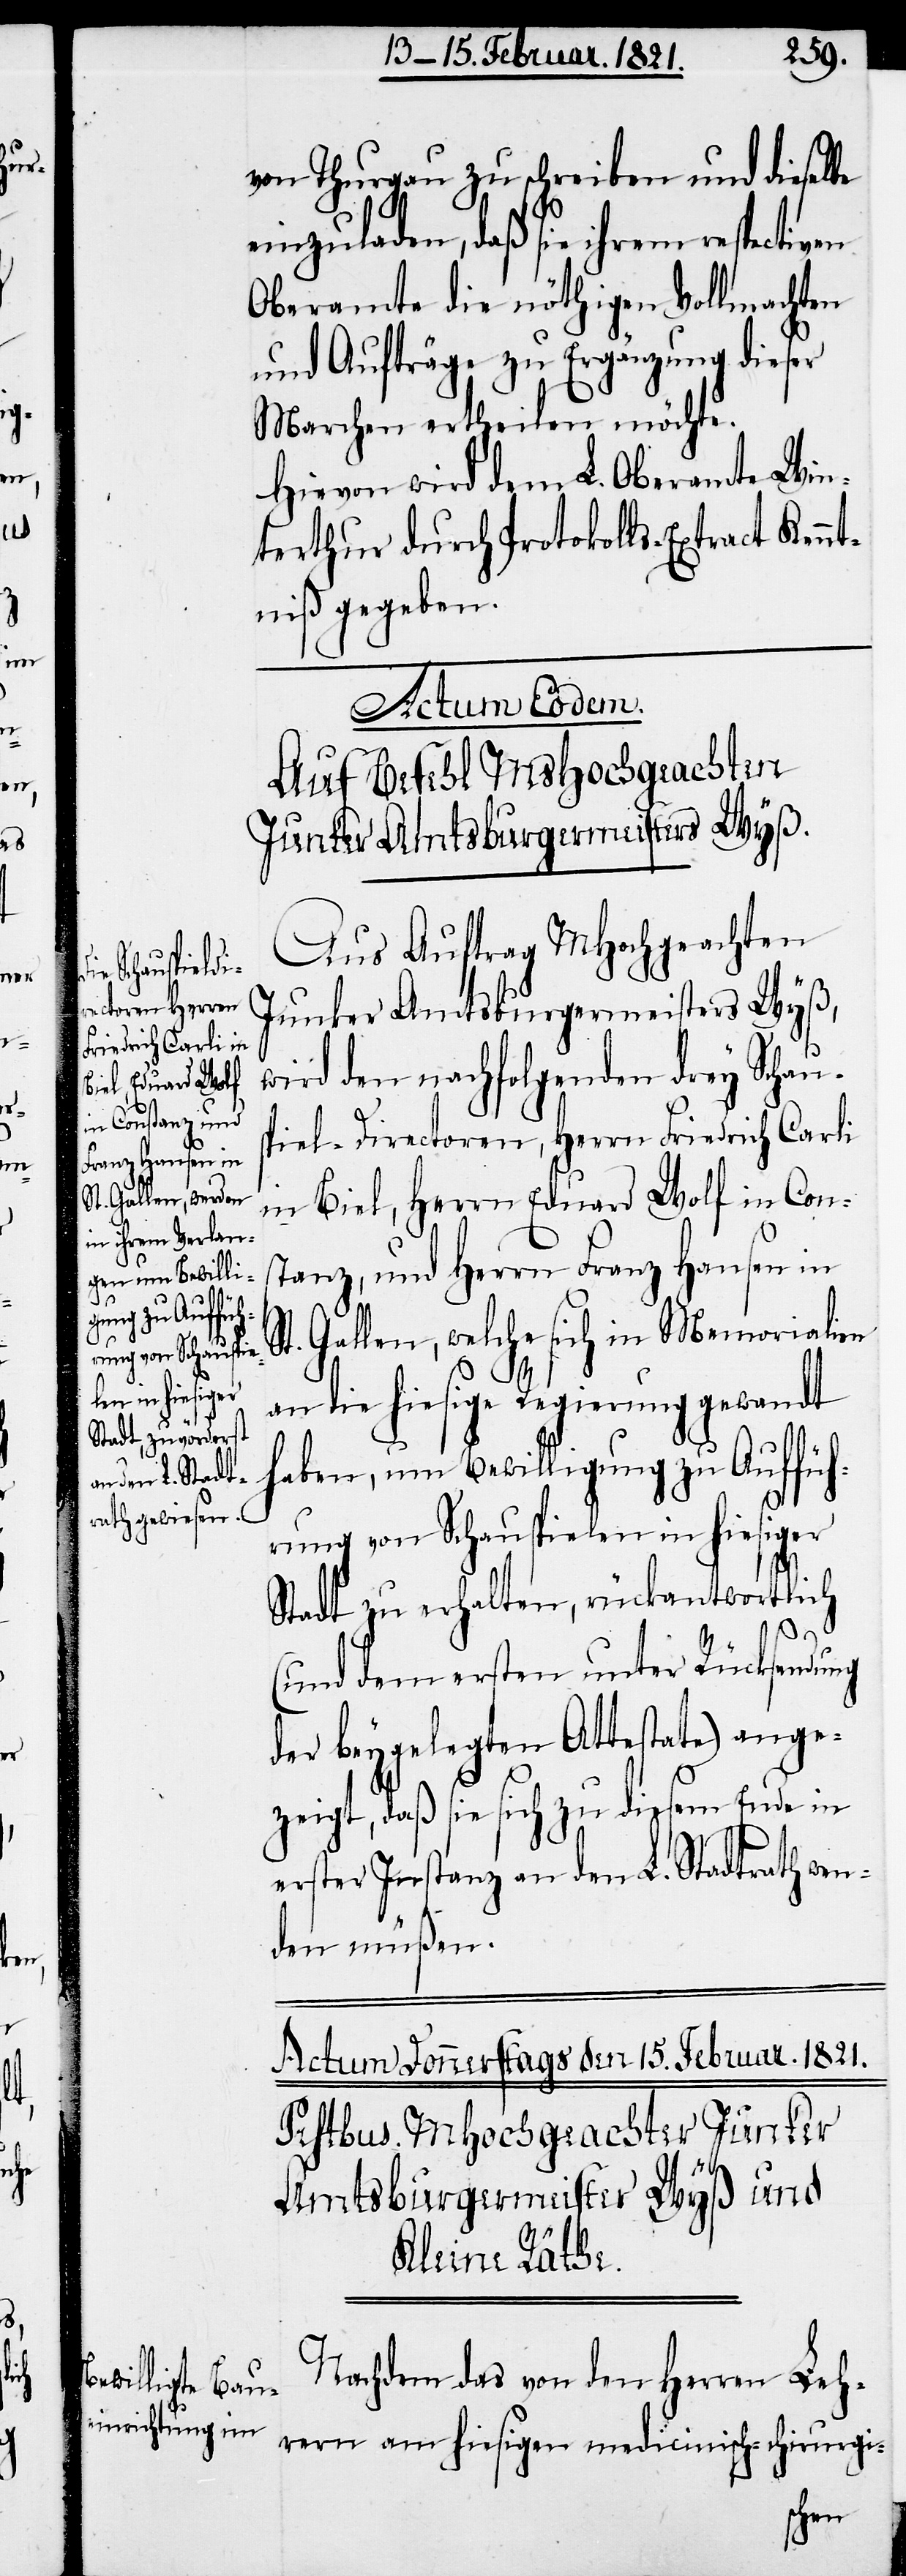
von Thurgau zu schreiben und dieselbe
einzuladen, daß sie ihrem respectiven
Oberamte die nöthigen Vollmachten
und Aufträge zu Ergänzung dieser
Marchen ertheilen möchte.
Hiervon wird dem L. Oberamte Win¬
terthur durch Protokolls-Extract Kennt¬
niß gegeben.
Actum Eodem.
Auf Befehl MsHochgeachten
Junker Amtsburgermeister Wyß.
Aus Auftrag MHochgeachten
Junker Amtsburgermeisters Wyß,
wird den nachfolgenden drey Schau¬
s¬
piel-Directoren, Herrn Friedrich Carli
in Biel, Herrn Eduard Wolf in Cons¬
tanz, und Herrn Franz Hansen in
t. Gallen, welche sich in Memorialien
an die hiesige Regierung gewandt
haben, um Bewilligung zu Auffüh¬
rung von Schauspielen in hiesiger
Stadt zu erhalten, rückantwortlich
(und dem ersten unter Rücksendung
der beygelegten Attestate) ange¬
zeigt, daß sie sich zu diesem Ende in
erster Instanz an den L. Stadtrath wen¬
den müßen.
Nachdem das von den Herren Leh¬
rern am hiesigen medicinisch-chirurgi-
S¬